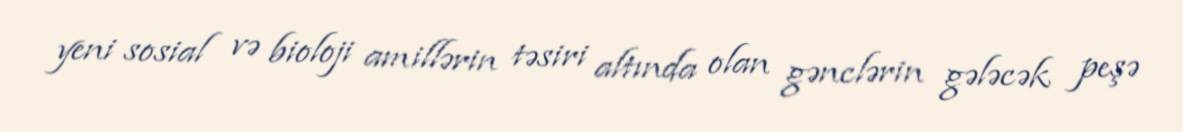
yeni sosial və bioloji amillərin təsiri altında olan gənclərin gələcək peşə